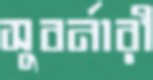
সুবর্নারী